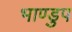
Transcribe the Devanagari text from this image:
भाण्डुप